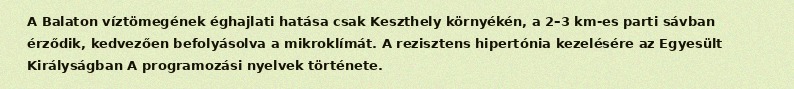
A Balaton víztömegének éghajlati hatása csak Keszthely környékén, a 2–3 km-es parti sávban érződik, kedvezően befolyásolva a mikroklímát. A rezisztens hipertónia kezelésére az Egyesült Királyságban A programozási nyelvek története.